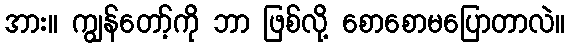
အား။ ကျွန်တော့်ကို ဘာ ဖြစ်လို့ စောစောမပြောတာလဲ။